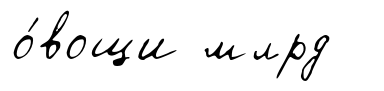
о́вощи млрд